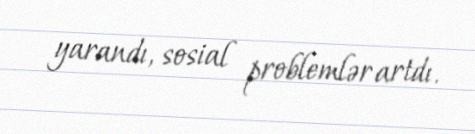
yarandı, sosial problemlər artdı.